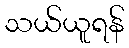
သယ်ယူရန်